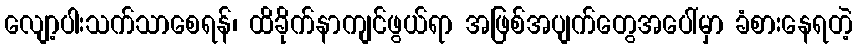
လျော့ပါးသက်သာစေရန်၊ ထိခိုက်နာကျင်ဖွယ်ရာ အဖြစ်အပျက်တွေအပေါ်မှာ ခံစားနေရတဲ့